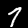
Digit: 7